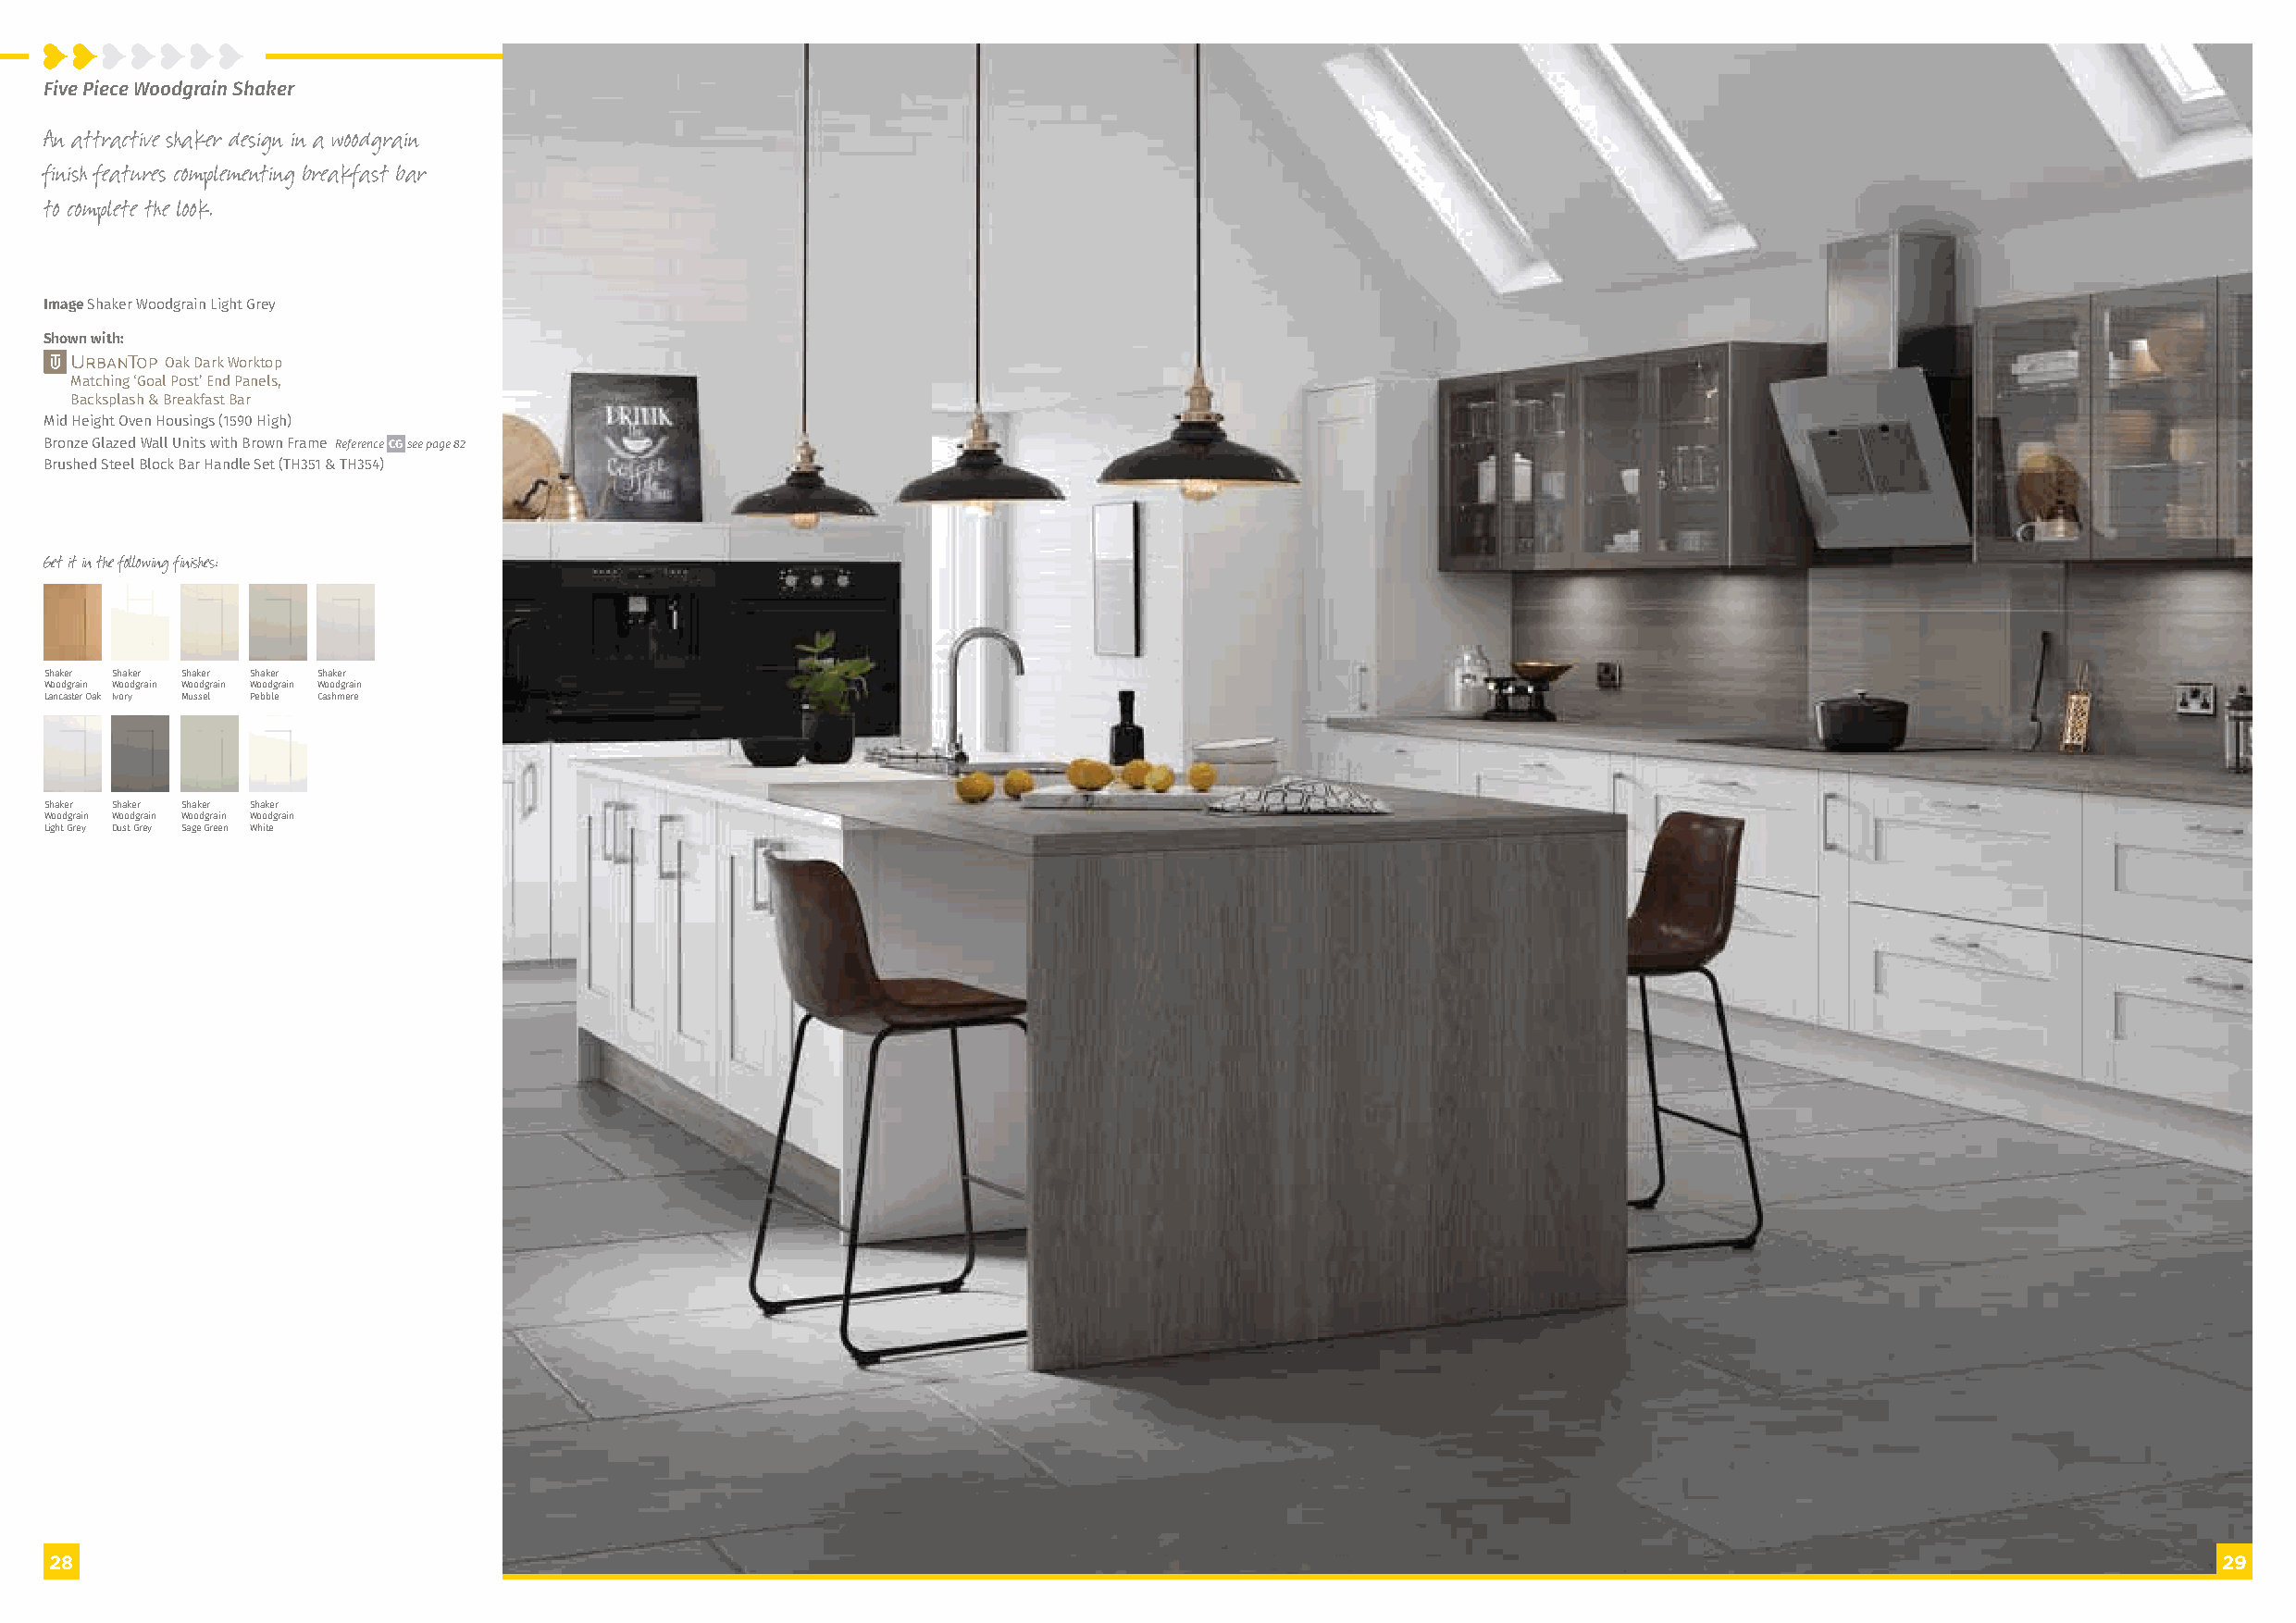
Five Piece Woodgrain Shaker
 An attractive shaker design in a woodgrain
 finish features complementing breakfast bar
 to complete the look.
 Image Shaker Woodgrain Light Grey
 Shown with:
 Oak Dark Worktop
 Matching ‘Goal Post’ End Panels,
 Backsplash & Breakfast Bar
 Mid Height Oven Housings (1590 High)
 Bronze Glazed Wall Units with Brown Frame Reference CG see page 82
 Brushed Steel Block Bar Handle Set (TH351 & TH354)
 Get it in the following finishes:
 Shaker Shaker Shaker Shaker Shaker
 Woodgrain Woodgrain Woodgrain Woodgrain Woodgrain
 Lancaster Oak Ivory Mussel Pebble Cashmere
 Shaker Shaker Shaker Shaker
 Woodgrain Woodgrain Woodgrain Woodgrain
 Light Grey Dust Grey Sage Green White
 28                                                                                                                                                         29